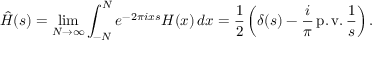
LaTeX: { \hat { H } } ( s ) = \operatorname* { l i m } _ { N \to \infty } \int _ { - N } ^ { N } e ^ { - 2 \pi i x s } H ( x ) \, d x = { \frac { 1 } { 2 } } \left( \delta ( s ) - { \frac { i } { \pi } } \operatorname { p . v . } { \frac { 1 } { s } } \right) .